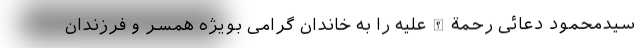
سیدمحمود دعائی رحمةالله‌علیه را به خاندان گرامی بویژه همسر و فرزندان